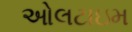
ઓલટાઇમ